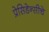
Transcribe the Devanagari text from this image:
प्रेसिडेन्सीचे